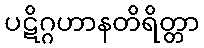
ပဋိဂ္ဂဟာနတိရိတ္တာ